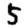
Digit: 5